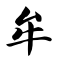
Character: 牟